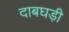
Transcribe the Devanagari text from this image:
दाबघड़ी